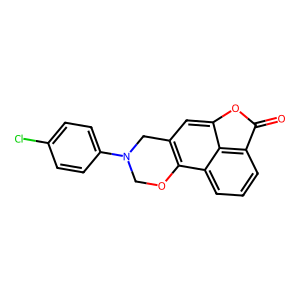
SMILES: O=C1Oc2cc3c(c4cccc1c24)OCN(c1ccc(Cl)cc1)C3
Inhibits HIV replication: No